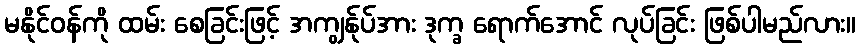
မနိုင်ဝန်ကို ထမ်း စေခြင်းဖြင့် အကျွန်ုပ်အား ဒုက္ခ ရောက်အောင် လုပ်ခြင်း ဖြစ်ပါမည်လား။